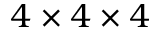
4 \times 4 \times 4